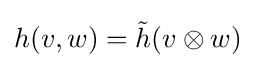
h(v,w)={\tilde {h}}(v\otimes w)